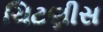
ચિટણીસ